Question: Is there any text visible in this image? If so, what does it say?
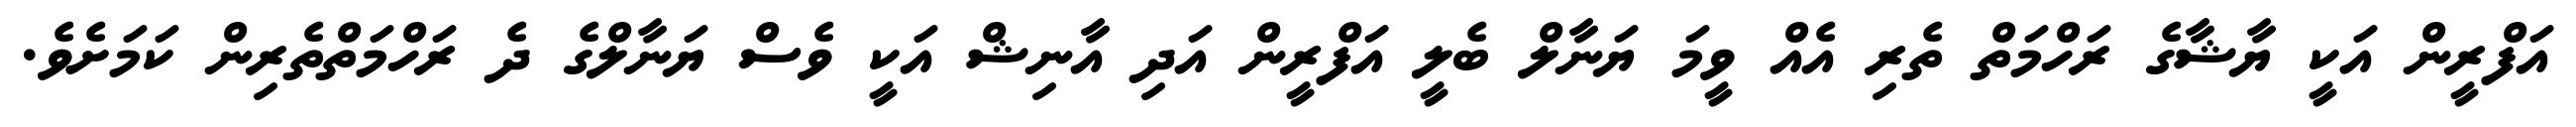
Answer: އަފްރީން އަކީ ޔާޝާގެ ރަހްމަތް ތެރި އެއް ވީމަ ޔަނާލް ބެލީ އަފްރީން އަދި އާނިޝް އަކީ ވެސް ޔަނާލްގެ ދެ ރަހްމަތްތެރިން ކަމަށެވެ.